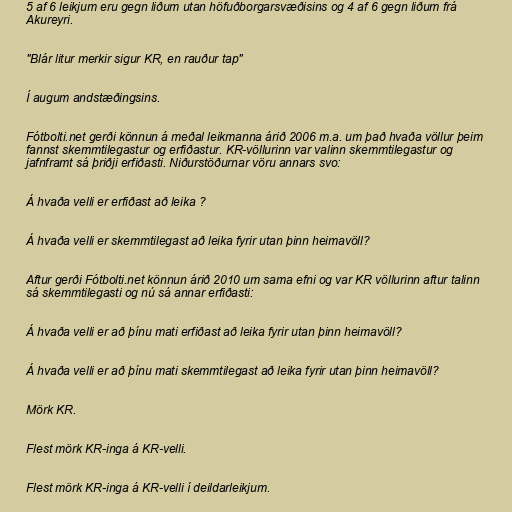
5 af 6 leikjum eru gegn liðum utan höfuðborgarsvæðisins og 4 af 6 gegn liðum frá
Akureyri.

"Blár litur merkir sigur KR, en rauður tap"

Í augum andstæðingsins.

Fótbolti.net gerði könnun á meðal leikmanna árið 2006 m.a. um það hvaða völlur þeim
fannst skemmtilegastur og erfiðastur. KR-völlurinn var valinn skemmtilegastur og
jafnframt sá þriðji erfiðasti. Niðurstöðurnar vöru annars svo:

Á hvaða velli er erfiðast að leika ?

Á hvaða velli er skemmtilegast að leika fyrir utan þinn heimavöll?

Aftur gerði Fótbolti.net könnun árið 2010 um sama efni og var KR völlurinn aftur talinn
sá skemmtilegasti og nú sá annar erfiðasti:

Á hvaða velli er að þínu mati erfiðast að leika fyrir utan þinn heimavöll?

Á hvaða velli er að þínu mati skemmtilegast að leika fyrir utan þinn heimavöll?

Mörk KR.

Flest mörk KR-inga á KR-velli.

Flest mörk KR-inga á KR-velli í deildarleikjum.